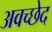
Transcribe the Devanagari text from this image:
अवच्छेद